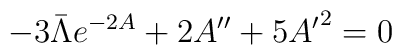
-3\bar{\Lambda}e^{-2A} + 2 A^{\prime\prime} + 5 {A^\prime}^2 =  0